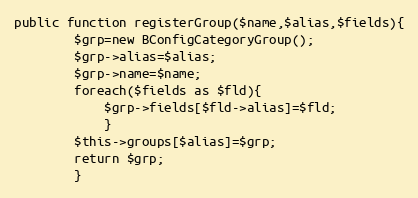
Language: PHP
public function registerGroup($name,$alias,$fields){
		$grp=new BConfigCategoryGroup();
		$grp->alias=$alias;
		$grp->name=$name;
		foreach($fields as $fld){
			$grp->fields[$fld->alias]=$fld;
			}
		$this->groups[$alias]=$grp;
		return $grp;
		}